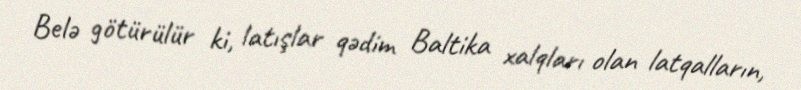
Belə götürülür ki, latışlar qədim Baltika xalqları olan latqalların,